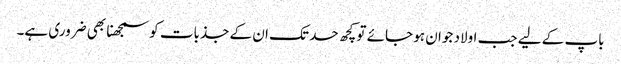
باپ کے لیے جب اولاد جوان ہو جائے تو کچھ حد تک ان کے جذبات کو سمجھنا بھی ضروری ہے۔